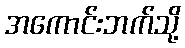
အကောင်းဘက်သို့